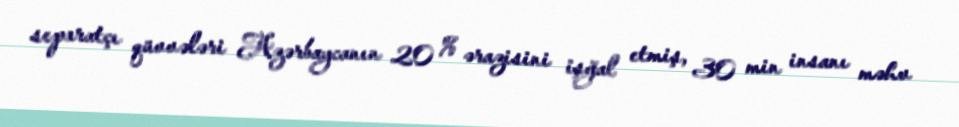
separatçı qüvvələri Azərbaycanın 20 % ərazisini işğal etmiş, 30 min insanı məhv